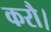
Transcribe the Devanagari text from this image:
करौ।